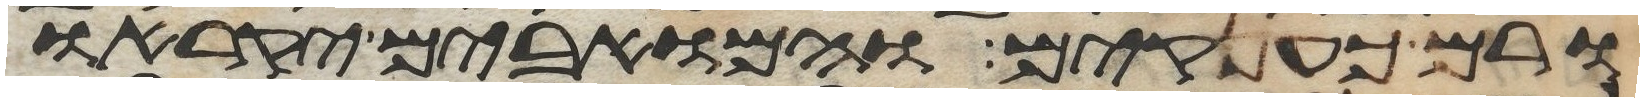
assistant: ורם כענקים והמואבים יקראו